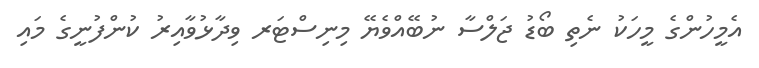
އެމީހުންގެ މީހަކު ނެތި ބޯޑު ޖަލްސާ ނުބޭއްވެޔޭ މިނިސްޓަރ ވިދާޅުވާއިރު ކުންފުނީގެ މައި